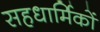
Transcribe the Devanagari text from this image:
सहधार्मिकों